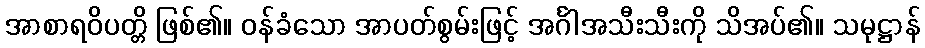
အာစာရဝိပတ္တိ ဖြစ်၏။ ဝန်ခံသော အာပတ်စွမ်းဖြင့် အင်္ဂါအသီးသီးကို သိအပ်၏။ သမုဋ္ဌာန်